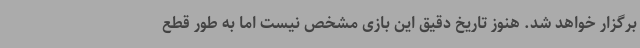
برگزار خواهد شد. هنوز تاریخ دقیق این بازی مشخص نیست اما به طور قطع